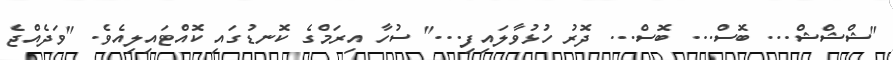
"ޝްޝްޝް... ބޮސް... ބޮސް... ދޮރު ހުޅުވާލައިފި..." ސުހާ އިރަމްގެ ކޮނޑުގައި ކޮއްޓައިލިއެވެ. "ވަދެއްޖެ